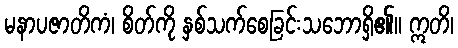
မနာပဇာတိကံ၊ စိတ်ကို နှစ်သက်စေခြင်းသဘောရှိ၏။ ဣတိ၊